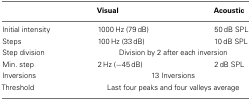
<table><thead><tr><td></td><td><b>Visual</b></td><td><b>Acoustic</b></td></tr></thead><tbody><tr><td>Initial intensity</td><td>1000 Hz (79 dB)</td><td>50 dB SPL</td></tr><tr><td>Steps</td><td>100 Hz (33 dB)</td><td>10 dB SPL</td></tr><tr><td>Step division</td><td colspan="2">Division by 2 after each inversion</td></tr><tr><td>Min. step</td><td>2 Hz (−45 dB)</td><td>2 dB SPL</td></tr><tr><td>Inversions</td><td colspan="2">13 Inversions</td></tr><tr><td>Threshold</td><td colspan="2">Last four peaks and four valleys average</td></tr></tbody></table>